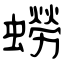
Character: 蟧